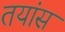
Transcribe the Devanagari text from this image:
तयांस